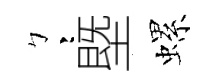
彎塈螺